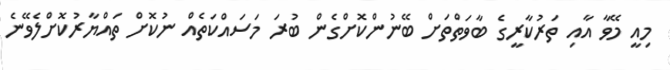
މިއީ މޭވާ އާއި ތަރުކާރީގެ ބާވަތްތަށް ބޭނުންކޮށްގެން ބުރަ މަސައްކަތެއް ނުކޮށް ތައްޔާރުކޮށްލެވޭނެ